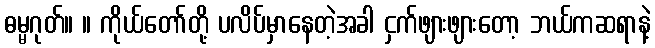
ဓမ္မဂုတ်။ ။ ကိုယ်တော်တို့ ပလိပ်မှာနေတဲ့အခါ ငှက်ဖျားဖျားတော့ ဘယ်ကဆရာနဲ့